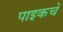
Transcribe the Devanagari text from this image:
पाइकचे